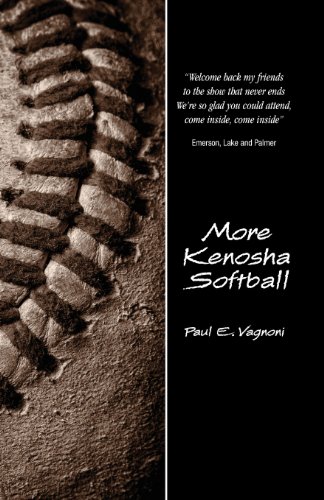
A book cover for More Kenosha Softball; Paul E. Vagnoni; Sports & Outdoors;